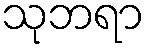
သုဘရာ